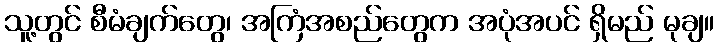
သူ့တွင် စီမံချက်တွေ၊ အကြံအစည်တွေက အပုံအပင် ရှိမည် မုချ။